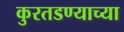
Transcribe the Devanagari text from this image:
कुरतडण्याच्या